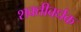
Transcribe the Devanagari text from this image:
शक्तीवर्धक